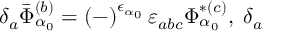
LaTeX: \delta _ { a } \bar { \Phi } _ { \alpha _ { 0 } } ^ { ( b ) } = \left( - \right) ^ { \epsilon _ { \alpha _ { 0 } } } \varepsilon _ { a b c } \Phi _ { \alpha _ { 0 } } ^ { * ( c ) } , \; \delta _ { a }